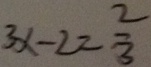
3 x - 2 = \frac { 2 } { 3 }